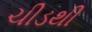
ચીડથી